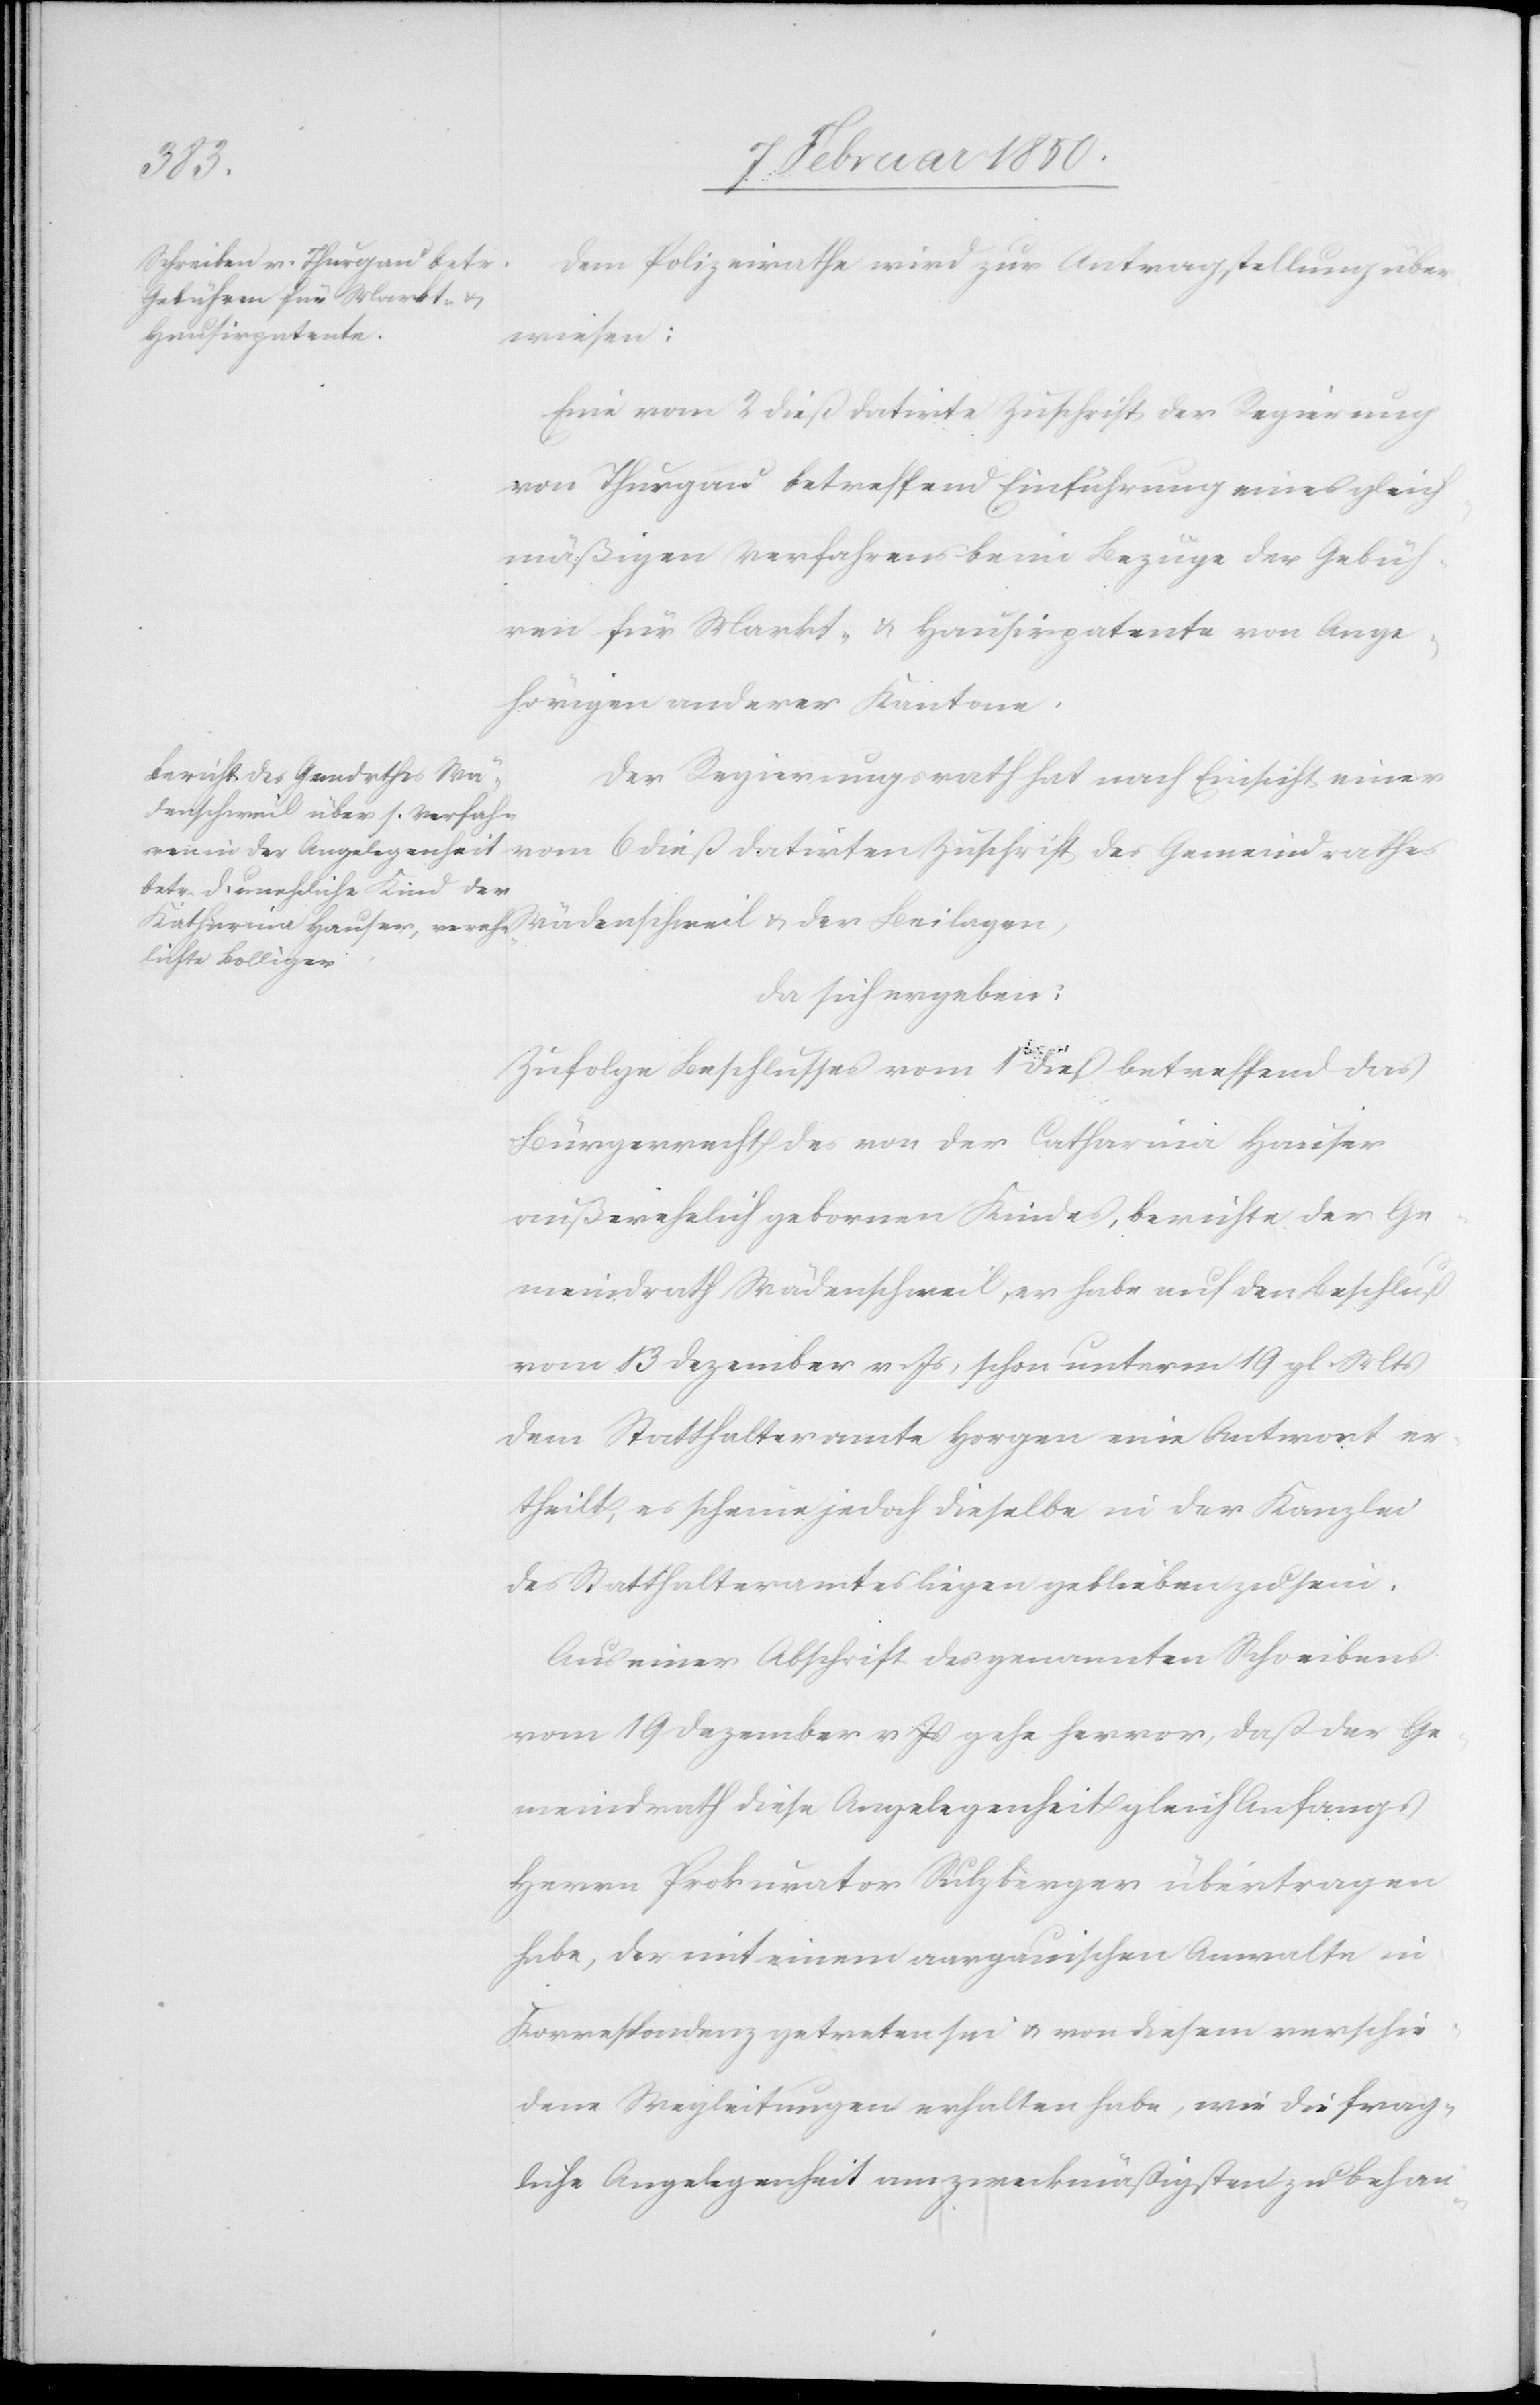
datirten
Dem Polizeirathe wird zur Antragstellung über¬
wiesen:
Eine vom 2 dieß datirte Zuschrift der Regierung
von Thurgau betreffend Einführung eines gleich¬
mäßigen Verfahrens beim Bezuge der Gebüh¬
ren für Markt- u. Hausirpatente von Ange¬
hörigen anderer Kantone.
Der Regierungsrath hat nach Einsicht einer
Wädenschweil u. der Beilagen,
da sich ergeben:
Zufolge Beschlusses vom 1 dieß betreffend das
Bürgerrecht des von der Catharina Hauser
außerehelich gebornen Kindes, berichte der Ge¬
meindrath Wädenschweil, er habe auf den Beschluß
vom 13 Dezember v. Js, schon unterm 19 gl. Mts
dem Statthalteramte Horgen eine Antwort er¬
theilt, es scheine jedoch dieselbe in der Kanzlei
des Statthalteramtes liegen geblieben zu sein.
Aus einer Abschrift des genannten Schreibens
vom 19 Dezember v Js gehe hervor, daß der Ge¬
meindrath diese Angelegenheit gleich Anfangs
Herrn Prokurator Sulzberger übertragen
habe, der mit einem aargauischen Anwalte in
Korrespondenz getreten sei u. von diesem verschie¬
dene Wegleitungen erhalten habe, wie die frag¬
liche Angelegenheit am zweckmäßigsten zu behan-